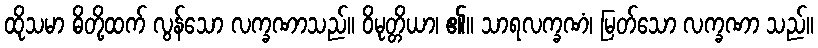
ထိုသမာ ဓိတို့ထက် လွန်သော လက္ခဏာသည်။ ဝိမုတ္တိယာ၊ ၏။ သာရလက္ခဏံ၊ မြတ်သော လက္ခဏာ သည်။